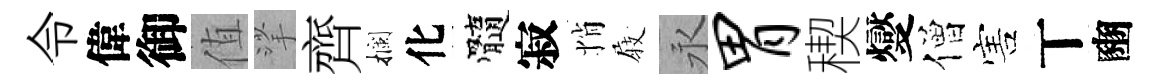
令偉御值挲齊攔化髓寂悄𡲆永胃稧燮僧害丅豳